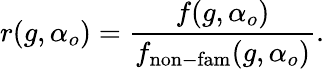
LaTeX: r(g,\alpha_{o})=\frac{f(g,\alpha_{o})}{f_{\mathrm{non-fam}}(g,\alpha_{o})}.